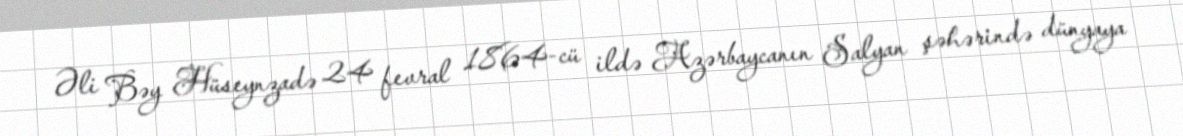
Əli Bəy Hüseynzadə 24 fevral 1864-cü ildə Azərbaycanın Salyan şəhərində dünyaya